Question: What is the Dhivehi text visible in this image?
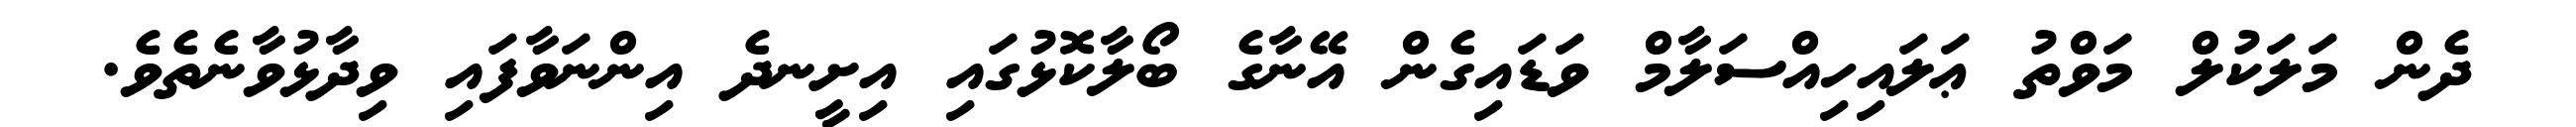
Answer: ދެން މަލަކުލް މަވްތު ޢަލައިހިއްސަލާމް ވަޑައިގެން އޭނާގެ ބޯލާކޮޅުގައި އިށީނދެ އިންނަވާފައި ވިދާޅުވާނެތެވެ.